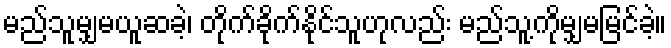
မည်သူမျှမယူဆခဲ့၊ တိုက်ခိုက်နိုင်သူဟုလည်း မည်သူ့ကိုမျှမမြင်ခဲ့။